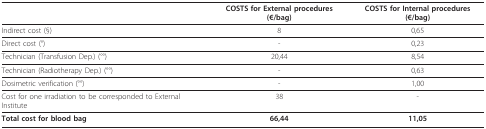
<table><thead><tr><td></td><td><b>COSTS for External procedures (€/bag)</b></td><td><b>COSTS for Internal procedures (€/bag)</b></td></tr></thead><tbody><tr><td>Indirect cost (§)</td><td>8</td><td>0,65</td></tr><tr><td>Direct cost (°)</td><td>-</td><td>0,23</td></tr><tr><td>Technician (Transfusion Dep.) (°°)</td><td>20,44</td><td>8,54</td></tr><tr><td>Technician (Radiotherapy Dep.) (°°)</td><td>-</td><td>0,63</td></tr><tr><td>Dosimetric verification (°°)</td><td>-</td><td>1,00</td></tr><tr><td>Cost for one irradiation to be corresponded to External Institute</td><td>38</td><td>-</td></tr><tr><td><b>Total cost for blood bag</b></td><td><b>66,44</b></td><td><b>11,05</b></td></tr></tbody></table>